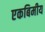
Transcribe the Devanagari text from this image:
एकबिमीय